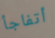
أتفاجأ